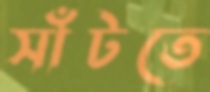
সাঁটতে